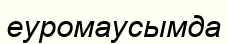
еуромаусымда